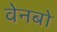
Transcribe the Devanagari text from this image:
वेनबो